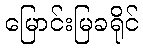
မြောင်းမြခရိုင်